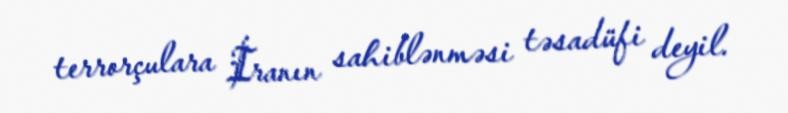
terrorçulara İranın sahiblənməsi təsadüfi deyil.